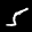
Label: 5